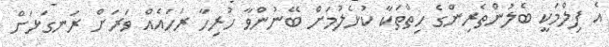
އެ ފިލްމަކީ ބެލުންތެރިންގެ ހިތްތަކާ ކުޅެލުމަށް ބޭނުންވާ ހުރިހާ ރަހައެއް ވަރަށް ރަނގަޅަށް